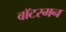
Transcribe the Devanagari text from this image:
वॉटरमन